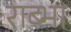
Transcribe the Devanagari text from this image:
राब्भा